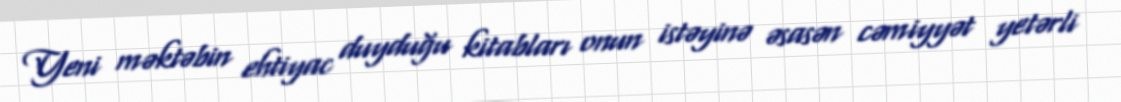
Yeni məktəbin ehtiyac duyduğu kitabları onun istəyinə əsasən cəmiyyət yetərli